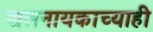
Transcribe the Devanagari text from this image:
खलनायकाच्याही